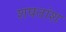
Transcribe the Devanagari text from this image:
शषतांश